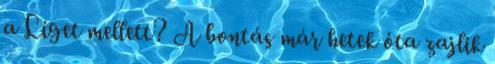
a Liget mellett? A bontás már hetek óta zajlik